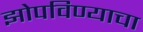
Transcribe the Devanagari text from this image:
झोपविण्याचा